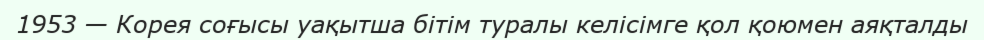
1953 — Корея соғысы уақытша бiтiм туралы келiсiмге қол қоюмен аяқталды